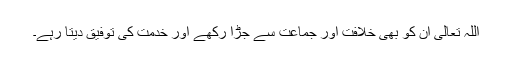
اللہ تعالیٰ اُن کو بھی خلافت اور جماعت سے جڑا رکھے اور خدمت کی توفیق دیتا رہے۔